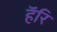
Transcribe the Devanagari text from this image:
हॅरि